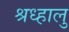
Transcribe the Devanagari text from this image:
श्रध्हालु